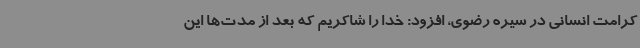
کرامت انسانی در سیره رضوی، افزود: خدا را شاکریم که بعد از مدت‌ها این